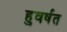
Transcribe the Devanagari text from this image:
हुवर्षत